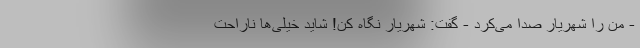
- من را شهریار صدا می‌کرد - گفت: شهریار نگاه کن! شاید خیلی‌ها ناراحت